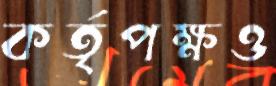
কর্তৃপক্ষও